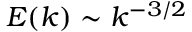
E ( k ) \sim k ^ { - 3 / 2 }